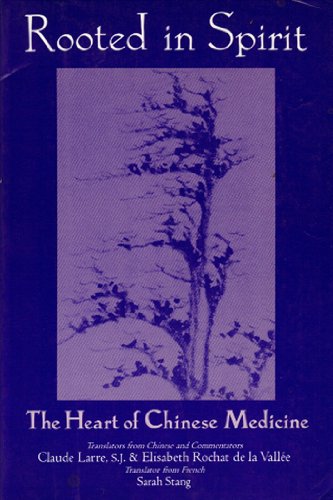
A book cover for Rooted in Spirit: The Heart of Chinese Medicine; Claude Larre; Health, Fitness & Dieting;